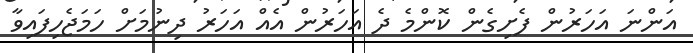
އަންނަ އަހަރުން ފެށިގެން ކޮންމެ ދެ އަހަރުން އެއް އަހަރު ދިނުމަށް ހަމަޖެހިފައިވާ